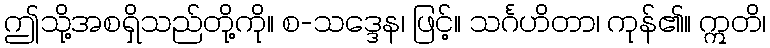
ဤသို့အစရှိသည်တို့ကို။ စ-သဒ္ဒေန၊ ဖြင့်။ သင်္ဂဟိတာ၊ ကုန်၏။ ဣတိ၊